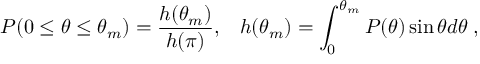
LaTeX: { \cal P } ( 0 \le \theta \le \theta _ { m } ) = \frac { h ( \theta _ { m } ) } { h ( \pi ) } , \; \; \; h ( \theta _ { m } ) = \int _ { 0 } ^ { \theta _ { m } } P ( \theta ) \sin { \theta } d \theta \; ,